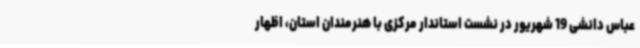
عباس دانشی 19 شهریور در نشست استاندار مرکزی با هنرمندان استان، اظهار